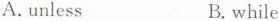
A.unless B.while